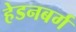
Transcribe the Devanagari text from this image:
हेडनबर्ग